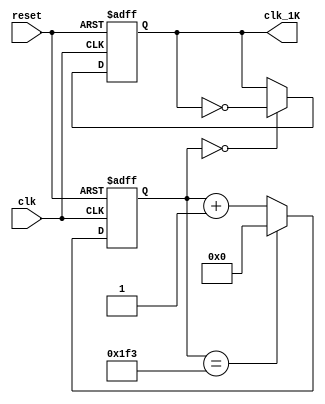
module clk_gen(
    clk, 
    reset, 
    clk_1K
);

input           clk;
input           reset;
output          clk_1K;

reg             clk_1K;

parameter   CNT = 16'd500;

reg     [15:0]  count;

always @(posedge clk or posedge reset) //
begin
    if(reset) begin
        clk_1K <= 1'b1;
        count <= 16'd0;
    end
    else begin
        count <= (count==CNT-16'd1) ? 16'd0 : count + 16'd1;
        clk_1K <= (count==16'd0) ? ~clk_1K : clk_1K;
    end
end

endmodule